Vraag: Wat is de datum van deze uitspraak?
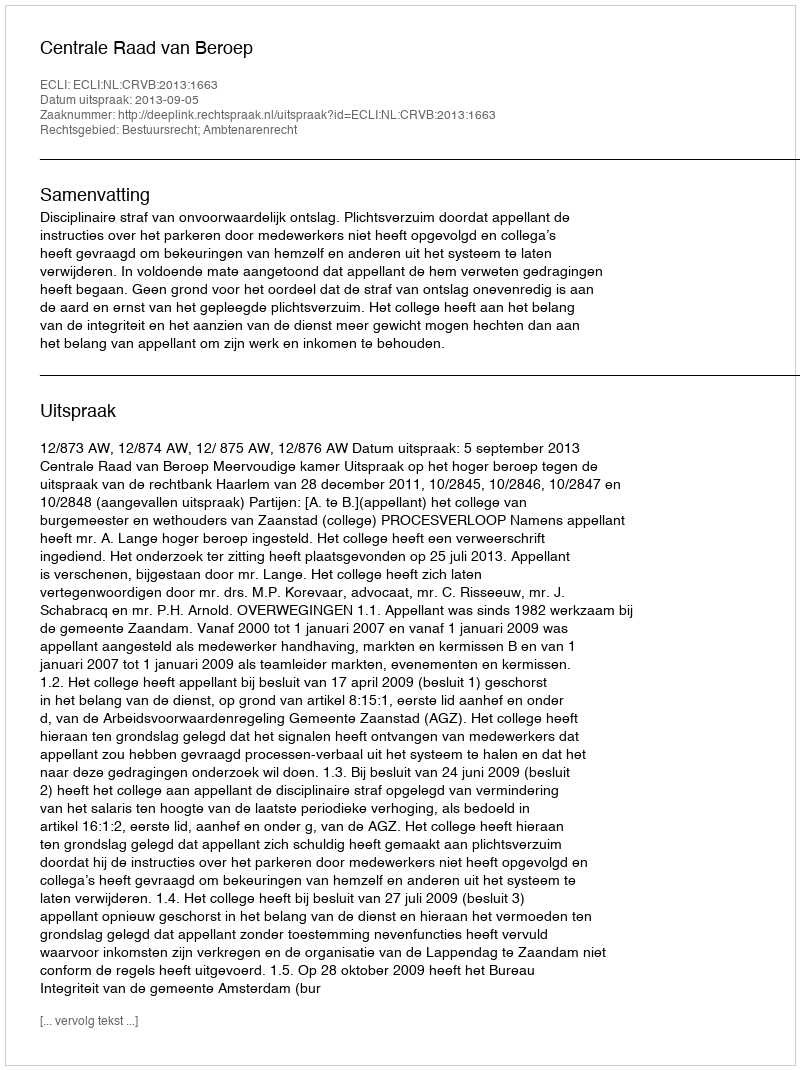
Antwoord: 2013-09-05